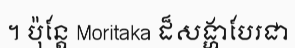
។ ប៉ុន្តែ Moritaka ដ៏សង្ហាបែរជា